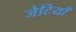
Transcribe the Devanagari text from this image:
जेटियाँ